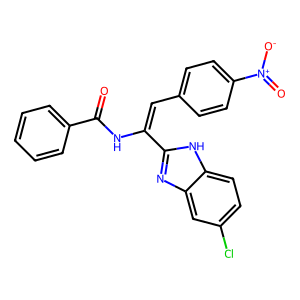
SMILES: O=C(NC(=Cc1ccc([N+](=O)[O-])cc1)c1nc2cc(Cl)ccc2[nH]1)c1ccccc1
Inhibits HIV replication: No